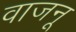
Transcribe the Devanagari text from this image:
वाजनू